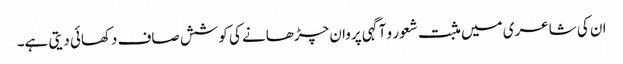
ان کی شاعری میں مثبت شعور و آگہی پروان چڑھانے کی کوشش صاف دکھائی دیتی ہے۔